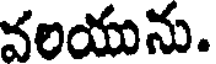
వలయును.